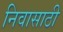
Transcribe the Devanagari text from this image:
निवासाठी